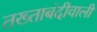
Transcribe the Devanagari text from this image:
तख्ताबंदीवाली